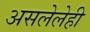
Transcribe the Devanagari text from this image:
असलेलेही